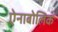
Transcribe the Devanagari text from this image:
ऐनाबोलिक